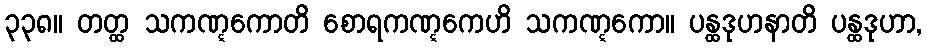
၃၃၈။ တတ္ထ သကဏ္ဋကောတိ စောရကဏ္ဋကေဟိ သကဏ္ဋကော။ ပန္ထဒုဟနာတိ ပန္ထဒုဟာ,